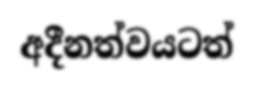
අදීනත්වයටත්